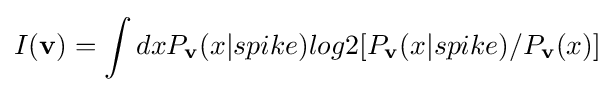
I(\mathbf {v} )=\int dxP_{\mathbf {v} }(x|spike)log2[P_{\mathbf {v} }(x|spike)/P_{\mathbf {v} }(x)]